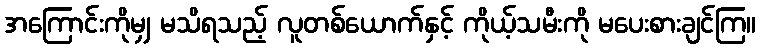
အကြောင်းကိုမျှ မသိရသည့် လူတစ်ယောက်နှင့် ကိုယ့်သမီးကို မပေးစားချင်ကြ။